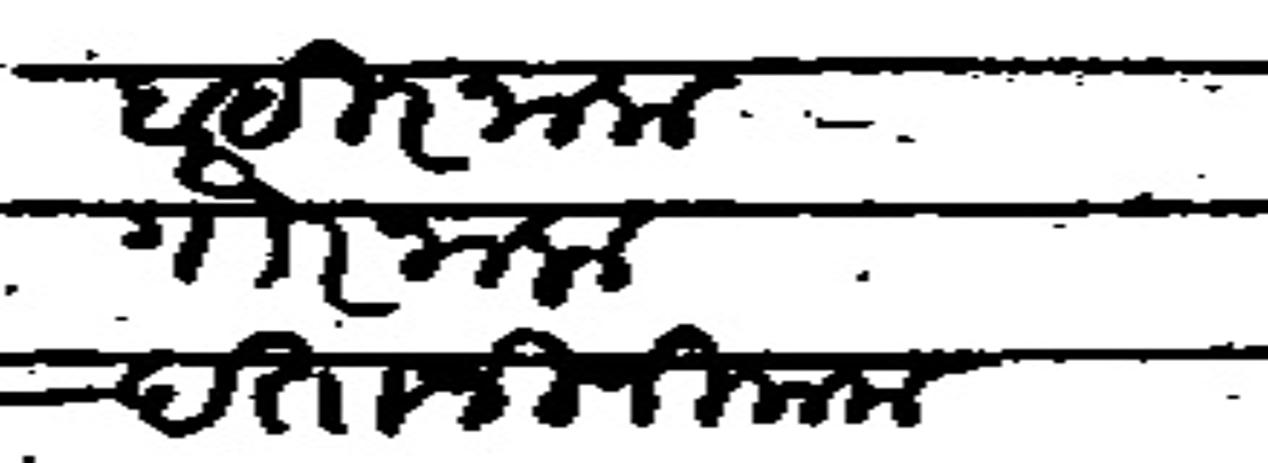
Transliteration (Devanagari): बहीरनाक गौरनाक दत्ताजी निकम